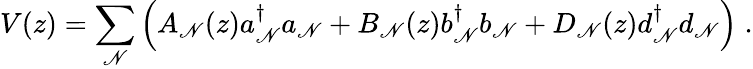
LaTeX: V(z)={\sum_{\mathscr{N}}}\left(A_{\mathscr{N}}(z)a{_\mathscr{N}^{\dagger}}a_{\mathscr{N}}+B_{\mathscr{N}}(z)b{_\mathscr{N}^{\dagger}}b_{\mathscr{N}}+D_{\mathscr{N}}(z)d{_\mathscr{N}^{\dagger}}d_{\mathscr{N}}\right)\; .